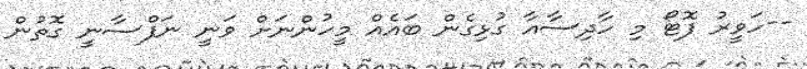
--ހަވީރު ފޮޓޯ މި ހާދިސާއާ ގުޅިގެން ބައެއް މީހުންނަށް ވަނީ ނަފްސާނީ ގޮތުން